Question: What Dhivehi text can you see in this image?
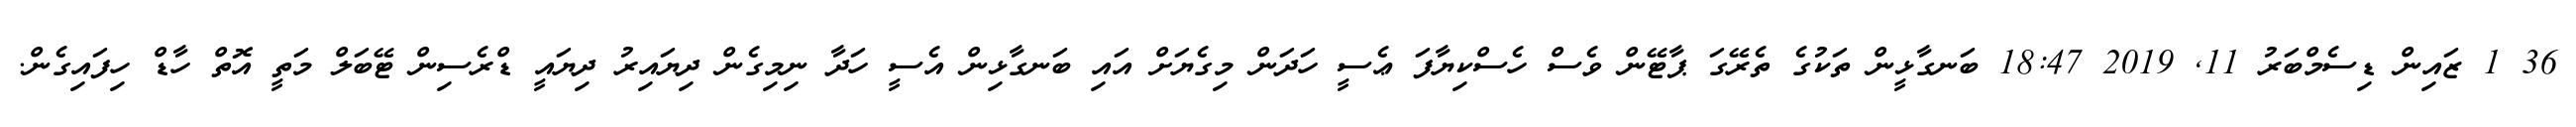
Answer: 36 1 ޒައިން ޑިސެމްބަރު 11, 2019 18:47 ބަނގާޅީން ތަކުގެ ތެރޭގަ ޕާޓޭން ވެސް ހެސްކިޔާފަ ޢެސީ ހަދަން މިގެޔަށް އައި ބަނގާޅިން އެސީ ހަދާ ނިމިގެން ދިޔައިރު ދިޔައީ ޑްރެސިން ޓޭބަލް މަތީ އޮތް ހާޑް ހިފައިގެން.